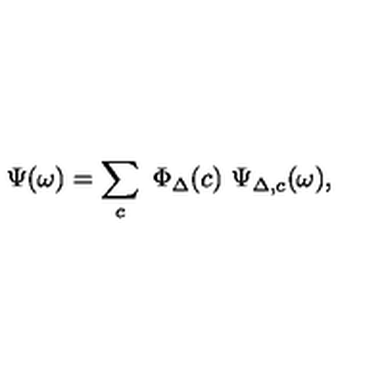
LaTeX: \Psi ( \omega ) = \sum _ { c } \ \Phi _ { \Delta } ( c ) \ \Psi _ { \Delta , c } ( \omega ) ,